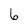
Character: 6